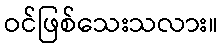
ဝင်ဖြစ်သေးသလား။